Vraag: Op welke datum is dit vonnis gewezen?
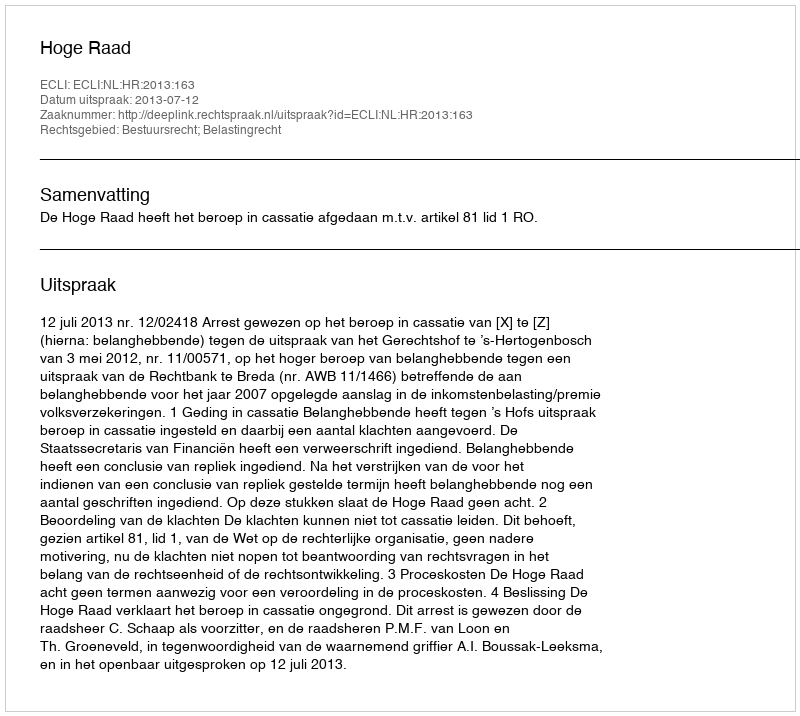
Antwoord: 2013-07-12